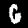
Digit: 6